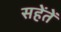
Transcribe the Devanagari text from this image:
सहेंतें